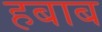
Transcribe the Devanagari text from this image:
हबाब